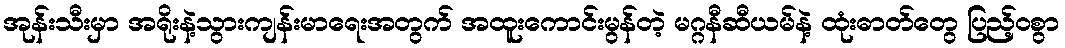
အုန်းသီးမှာ အရိုးနဲ့သွားကျန်းမာရေးအတွက် အထူးကောင်းမွန်တဲ့ မဂ္ဂနီဆီယမ်နဲ့ ထုံးဓာတ်တွေ ပြည့်ဝစွာ